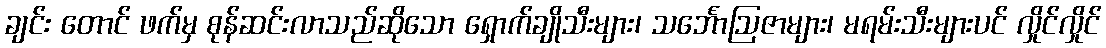
ချင်း တောင် ဖက်မှ စုန်ဆင်းလာသည်ဆိုသော ရှောက်ချိုသီးများ၊ သင်္ဘောဩဇာများ၊ မရမ်းသီးများပင် လှိုင်လှိုင်